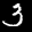
Label: 3